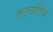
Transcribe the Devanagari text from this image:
तटवर्तिय